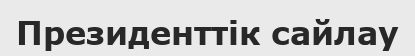
Президенттік сайлау